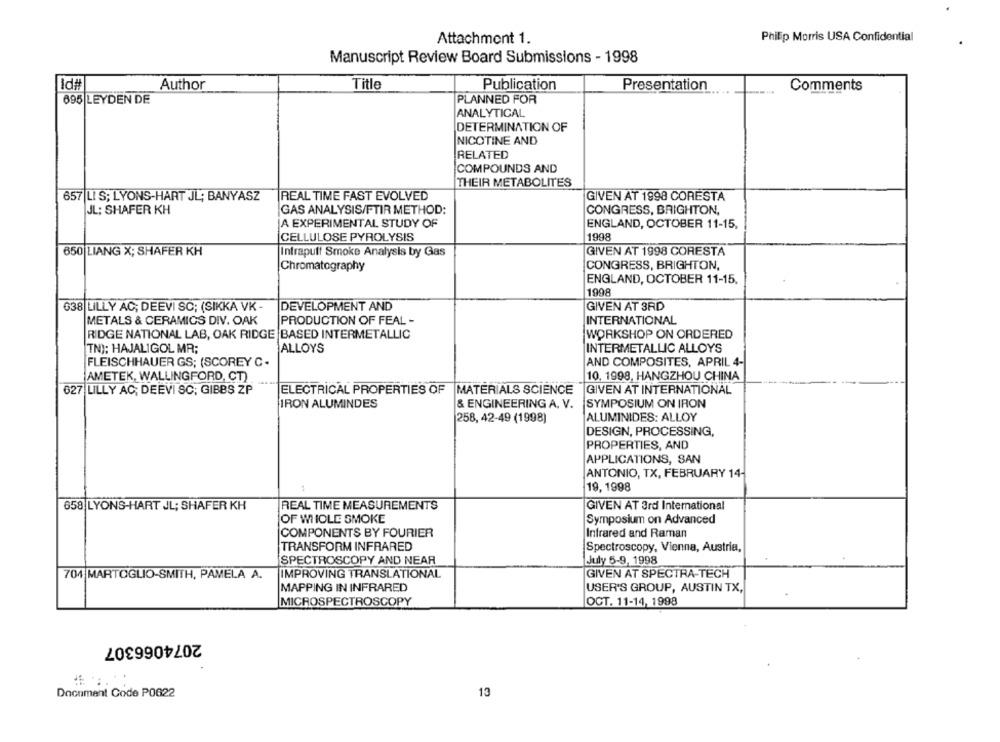
Philip Morris USA Confidential
Attachment 1.
Manuscript Review Board Submissions - 1998
Id#
Author
Title
Publication
Presentation
Comments
695 LEYDEN DE
PLANNED FOR
ANALYTICAL
DETERMINATION OF
NICOTINE AND
RELATED
COMPOUNDS AND
THEIR METABOLITES
657 LI S; LYONS-HART JL; BANYASZ
REAL TIME FAST EVOLVED
GIVEN AT 1998 CORESTA
JL: SHAFER KH
GAS ANALYSIS/FTIR METHOD:
CONGRESS, BRIGHTON,
A EXPERIMENTAL STUDY OF
ENGLAND, OCTOBER 11-15,
CELLULOSE PYROLYSIS
1998
650 LIANG X; SHAFER KH
Intrapuff Smoke Analysis by Gas
GIVEN AT 1998 CORESTA
Chromatography
CONGRESS, BRIGHTON,
ENGLAND, OCTOBER 11-15.
1998
638 LILLY AC; DEEVI SC; (SIKKA VK -
DEVELOPMENT AND
GIVEN AT 3RD
INTERNATIONAL
METALS & CERAMICS DIV. OAK
PRODUCTION OF FEAL -
RIDGE NATIONAL LAB, OAK RIDGE BASED INTERMETALLIC
WORKSHOP ON ORDERED
ALLOYS
INTERMETALLIC ALLOYS
(TN); HAJALIGOL MR;
FLEISCHHAUER GS; (SCOREY C .
AND COMPOSITES, APRIL 4-
10, 1998, HANGZHOU CHINA
AMETEK, WALLINGFORD, CT)
627 LILLY AC; DEEVI SC; GIBBS ZP
ELECTRICAL PROPERTIES OF MATERIALS SCIENCE
GIVEN AT INTERNATIONAL
IRON ALUMINDES
& ENGINEERING A. V.
SYMPOSIUM ON IRON
258, 42-49 (1998)
ALUMINIDES: ALLOY
DESIGN, PROCESSING,
PROPERTIES, AND
APPLICATIONS, SAN
ANTONIO, TX, FEBRUARY 14-
19, 1998
658 LYONS-HART JL; SHAFER KH
REAL TIME MEASUREMENTS
GIVEN AT 3rd International
OF WHOLE SMOKE
Symposium on Advanced
COMPONENTS BY FOURIER
Infrared and Raman
TRANSFORM INFRARED
Spectroscopy, Vienna, Austria,
SPECTROSCOPY AND NEAR
July 5-9, 1998
704 MARTOGLIO-SMITH, PAMELA A.
IMPROVING TRANSLATIONAL
GIVEN AT SPECTRA-TECH
MAPPING IN INFRARED
USER'S GROUP, AUSTIN TX,
OCT. 11-14, 1998
MICROSPECTROSCOPY
2074066307
Document Code P0622
13